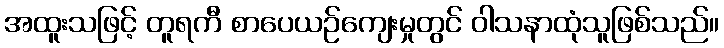
အထူးသဖြင့် တူရကီ စာပေယဉ်ကျေးမှုတွင် ဝါသနာထုံသူဖြစ်သည်။